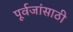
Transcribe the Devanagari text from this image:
पूर्वजांसाठी